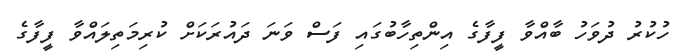
ހުކުރު ދުވަހު ބާއްވާ ފީފާގެ އިންތިހާބުގައި ފަސް ވަނަ ދައުރަކަށް ކުރިމަތިލައްވާ ފީފާގެ